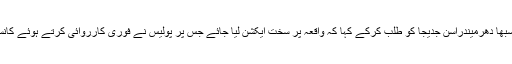
میڈیا رپورٹس کے مطابق وزیراعظم آفس نے نوٹس لیتے ہوئے مقامی ممبر لوک سبھا دھرمیندراسن جدیجا کو طلب کرکے کہا کہ واقعہ پر سخت ایکشن لیا جائے جس پر پولیس نے فوری کارروائی کرتے ہوئے کانسٹیبل کو معطل کردیا اور اسے باقاعدہ گرفتار کر کے مقدمے کا بھی اندراج کرلیا۔